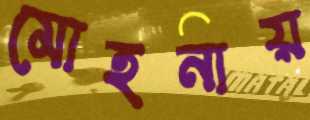
মোহনায়